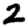
Digit: 2